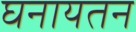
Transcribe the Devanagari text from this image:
घनायतन